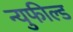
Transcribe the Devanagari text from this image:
न्युफील्ड